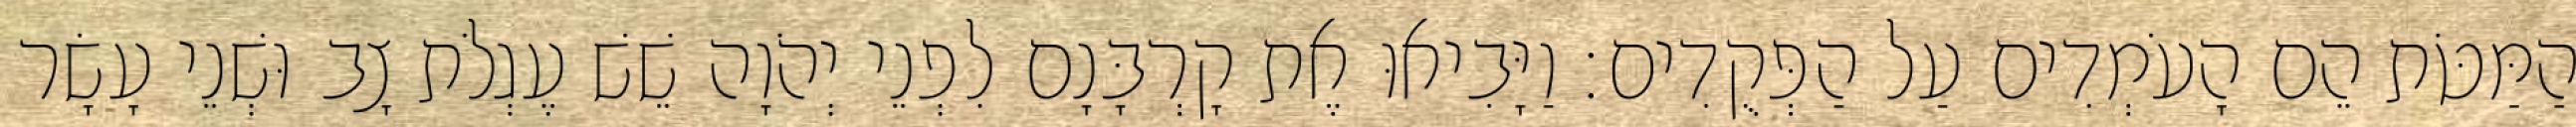
הַמַּטֹּת הֵם הָעֹמְדִים עַל הַפְּקֻדִים׃ וַיָּבִיאוּ אֶת קָרְבָּנָם לִפְנֵי יְהֹוָה שֵׁשׁ עֶגְלֹת צָב וּשְׁנֵי עָשָׂר